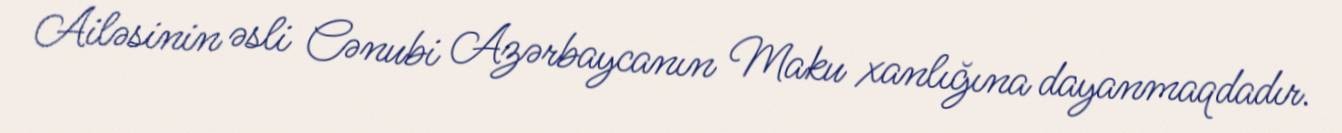
Ailəsinin əsli Cənubi Azərbaycanın Maku xanlığına dayanmaqdadır.